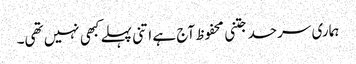
ہماری سرحد جتنی محفوظ آج ہے اتنی پہلے کبھی نہیں تھی۔